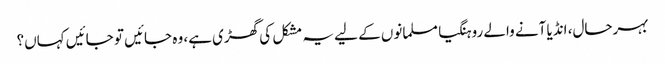
بہرحال، انڈیا آنے والے روہنگیا مسلمانوں کے لیے یہ مشکل کی گھڑی ہے، وہ جائیں تو جائیں کہاں؟